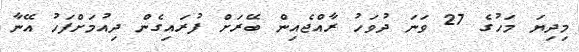
މިދިޔަ މަހުގެ 27 ވަނަ ދުވަހު ރާއްޖެއިން ބޭރަށް ފުރައިގެން ދިއުމަށްފަހު އޭނާ